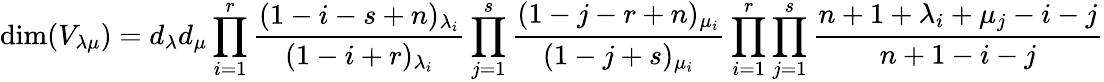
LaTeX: \dim(V_{\lambda\mu})=d_{\lambda}d_{\mu}\prod_{i=1}^{r}{\frac{(1-i-s+n)_{\lambda_{i}}}{(1-i+r)_{\lambda_{i}}}}\prod_{j=1}^{s}{\frac{(1-j-r+n)_{\mu_{i}}}{(1-j+s)_{\mu_{i}}}}\prod_{i=1}^{r}\prod_{j=1}^{s}{\frac{n+1+\lambda_{i}+\mu_{j}-i-j}{n+1-i-j}}